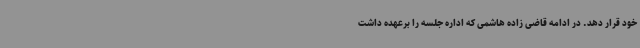
خود قرار دهد. در ادامه قاضی زاده هاشمی که اداره جلسه را برعهده داشت